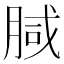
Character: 𭨺